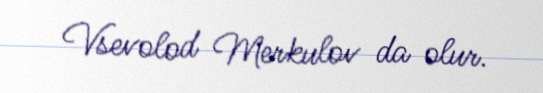
Vsevolod Merkulov da olur.